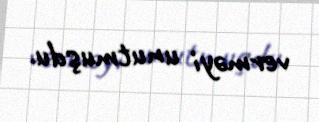
verməyi unutmuşdu.